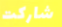
شاركت